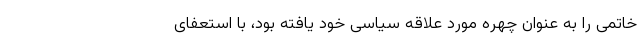
خاتمی را به عنوان چهره مورد علاقه سیاسی خود یافته بود، با استعفای